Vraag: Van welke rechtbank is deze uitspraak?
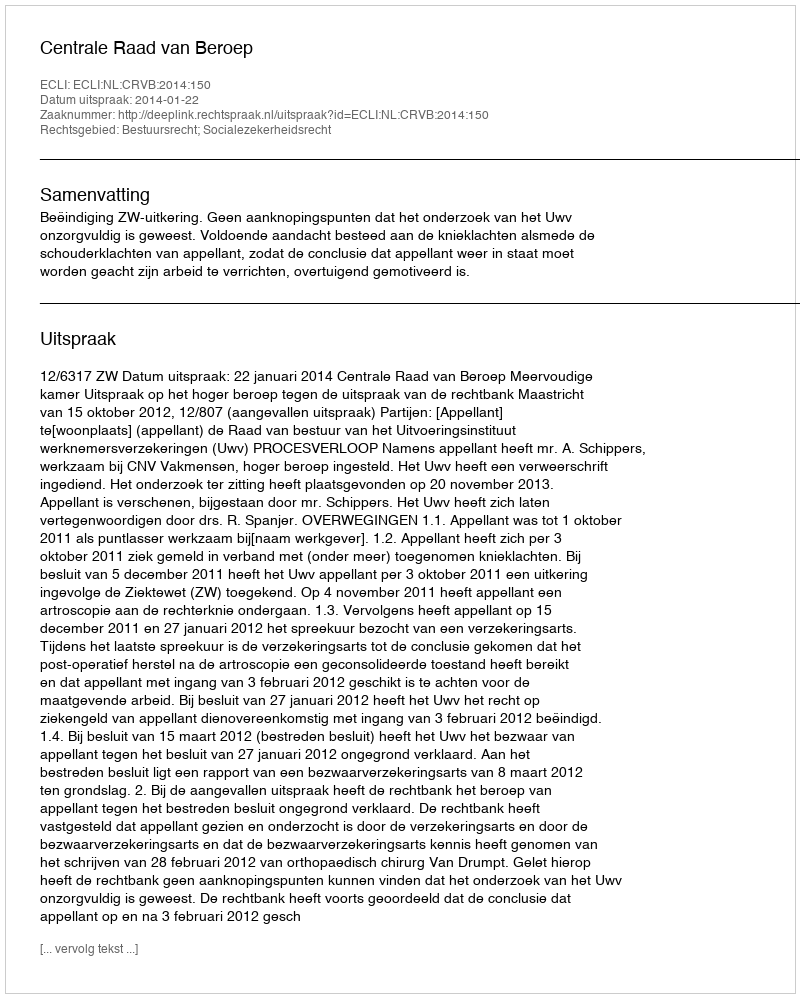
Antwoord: Centrale Raad van Beroep